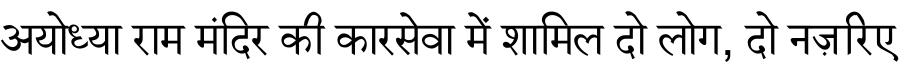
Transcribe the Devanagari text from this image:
अयोध्या राम मंदिर की कारसेवा में शामिल दो लोग, दो नज़रिए